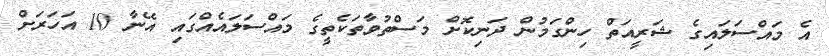
އެ މައްސަލައިގެ ޝަރީއަތް ހިންގަމުން ދަނިކޮށް މަސްތުވާތަކެތީގެ މައްސަލައެއްގައި އޭނާ 10 އަހަރަށް